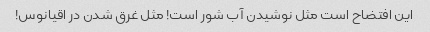
این افتضاح است مثل نوشیدن آب شور است! مثل غرق شدن در اقیانوس!